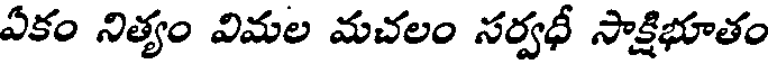
ఏకం నిత్యం విమల మచలం సర్వధీ సాక్షిభూతం